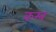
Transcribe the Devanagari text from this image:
कम्ब